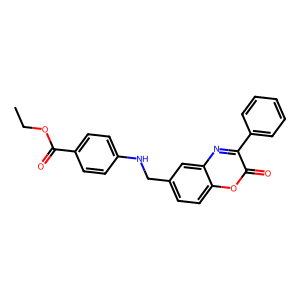
SMILES: CCOC(=O)c1ccc(NCc2ccc3oc(=O)c(-c4ccccc4)nc3c2)cc1
Inhibits HIV replication: No